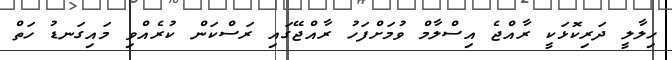
ހިލާލީ ދަރިކޮޅަކީ ރާއްޖެ އިސްލާމް ވުމަށްފަހު ރާއްޖޭގައި ރަސްކަން ކުރެއްވި މައިގަނޑު ހަތް